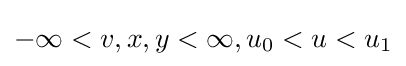
-\infty <v,x,y<\infty ,u_{0}<u<u_{1}